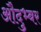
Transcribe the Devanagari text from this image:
औदुभ्बर